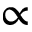
\propto